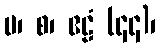
ပ၊ စ၊ ဧဠံ (၄၄)၊